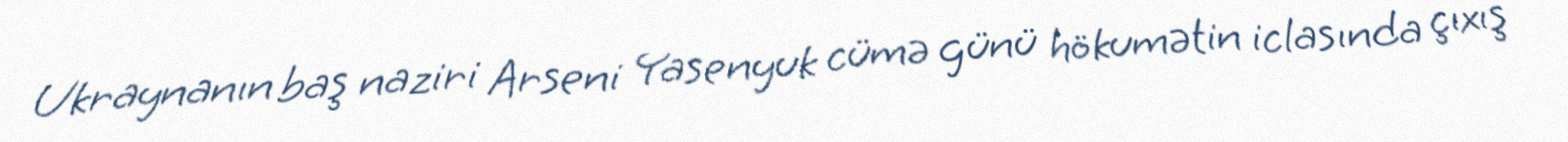
Ukraynanın baş naziri Arseni Yasenyuk cümə günü hökumətin iclasında çıxış